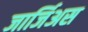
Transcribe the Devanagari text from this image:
जार्जिअस